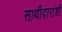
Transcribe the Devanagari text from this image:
साथीदारांशी